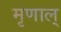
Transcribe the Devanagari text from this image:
मृणाल्